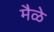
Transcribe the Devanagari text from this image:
मैळे